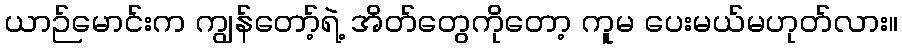
ယာဉ်မောင်းက ကျွန်တော့်ရဲ့ အိတ်တွေကိုတော့ ကူမ ပေးမယ်မဟုတ်လား။